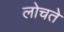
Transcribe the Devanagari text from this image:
लोचते